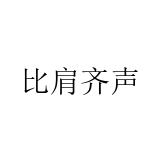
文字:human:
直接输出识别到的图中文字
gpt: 比肩齐声